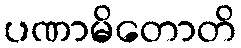
ပဏာမိတောတိ